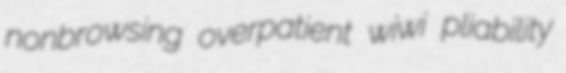
nonbrowsing overpatient wiwi pliability